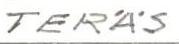
TERÄS